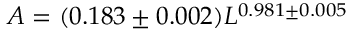
A = ( 0 . 1 8 3 \pm 0 . 0 0 2 ) L ^ { 0 . 9 8 1 \pm 0 . 0 0 5 }